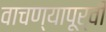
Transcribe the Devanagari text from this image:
वाचण्यापूर्वी